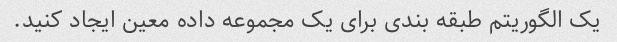
یک الگوریتم طبقه بندی برای یک مجموعه داده معین ایجاد کنید.